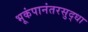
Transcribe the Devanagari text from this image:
भूकंपानंतरसुद्धा